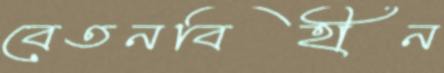
বেতনবিহীন